Lunatic asylums United Provinces 1909-1921 - 1909-1921
Year: 1909
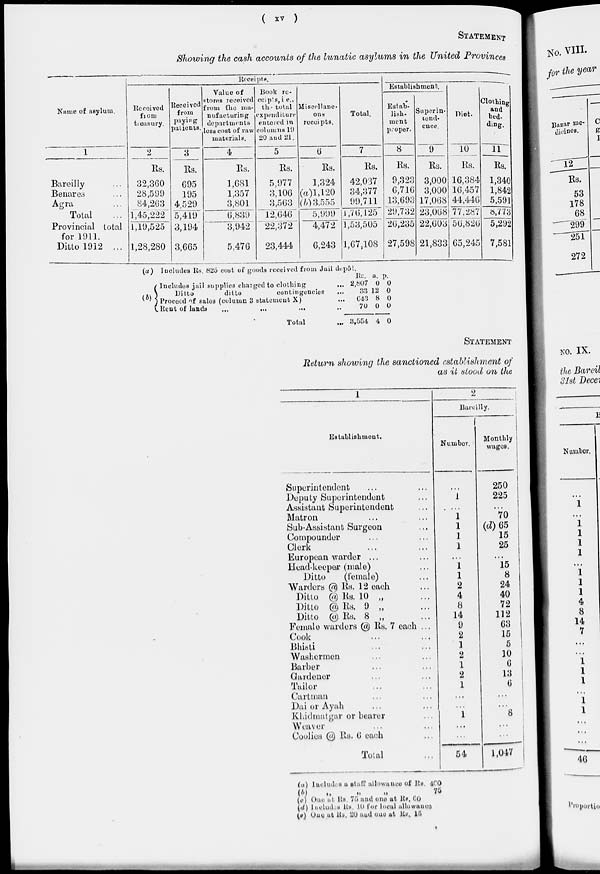
( xv )
STATEMENT
Showing the cash accounts of the lunatic asylums in the United Provinces
Name of asylum.
1
Bareilly
Benares
Agra
Total
Provincial total
for 1911.
Ditto 1912 ...
Receipts.
.
Received
from
treasury.
2
Rs.
32,360
28,599
84,263
1,45,222
1,19,525
1,28,280
Received
from
paying
patients.
3
Rs.
695
195
4,529
5,419
3,194
3,665
Value of
stores received
from the ma-
nufacturing
departments
less cost of raw
materials.
4
Rs.
1,681
1,357
3,801
6,839
3,942
5,476
Book re-
ceipts, i e.,
the total
expenditure
entered in
columns l9
20 and 21.
5
Rs.
5,977
3,106
3,563
12,646
22,372
23,444
Miscellane-
ous
receipts.
6
Rs.
1,324
(a)l,120
(b) 3,555
5,999
4,472
6,243
Total.
7
Rs.
42,037
34,377
99,711
1,76,125
1,53,505
1,67,108
Establishment.
Estab-
lish,
ment
proper.
8
Rs.
9,323
6,716
13,693
29,732
26,235
27,598
Superin-
tend-
ence.
9
Rs.
3,000
3,000
17,068
23,068
22,603
21,833
Diet.
10
Rs.
16,384
16,457
44,446
77,287
56,826
65,245
Clothing
and
bed.
ding.
11
Rs.
1,340
1,842
5,591
8,773
5,292
7,581
(a) Includes Rs. 825 cost of goods received from Jail depôt.
(b)
Includes jail supplies charged to clothing ...
Ditto
ditto
contingencies
...
Proceed of sales (column 3 statement X) ...
Rent of lands
...
...
...
...
Total ...
Rs.
2,807
33
643
70
3,554
a.
0
12
8
0
4
P.
0
0
0
0
0
STATEMENT
Return showing the sanctioned establishment of
as it stood on the
1
Establishment.
Superintendent ... ...
Deputy Superintendent ...
Assistant Superintendent ...
Matron ...
Sub.Assistant Surgeon ...
Compounder ... ...
Clerk ... ...
European warder ... ...
Head-keeper (male) ...
Ditto
(female) ...
Warders @ Rs. 12 each ...
Ditto (a) Rs. 10 „ ...
Ditto @ Rs. 9 „ ...
Ditto @Rs. 8 „ ...
Female. warders @ Rs. 7 each ...
Cook ... ...
Bhisti ... ...
Washermen ... ...
Barber ... ...
Gardener ... ...
Tailor ... ...
Cartman ... ...
Dai or Ayah ... ...
Khidmatgar or bearer ...
Weaver ... ...
Coolies @ Rs. 6 each ...
Total ...
2
Bareilly.
Number
...
1
...
1
1
1
1
...
1
1
2
4
8
14
9
2
1
2
1
2
1
...
...
1
...
...
54
Monthly
wages.
250
225
...
70
(d) 65
15
25
...
15
8
24
40
72
112
63
15
5
10
6
13
6
...
...
8
...
...
1,047
(a)
(b)
(c)
(d)
(e)
Includes a staff allowance of Rs. 460
„
„
„
75
Ones at Rs. 75 and one at Rs. 60
Includes Rs 10 for local allowance
One at Rs. 20 and one at Rs. 15